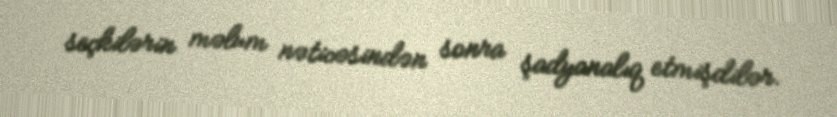
seçkilərin məlum nəticəsindən sonra şadyanalıq etmişdilər.